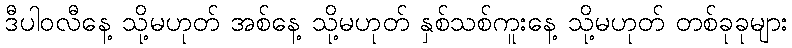
ဒီပါဝလီနေ့ သို့မဟုတ် အစ်နေ့ သို့မဟုတ် နှစ်သစ်ကူးနေ့ သို့မဟုတ် တစ်ခုခုများ